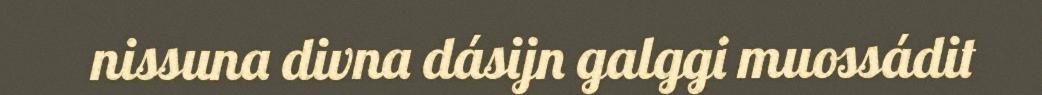
nissuna divna dásijn galggi muossádit